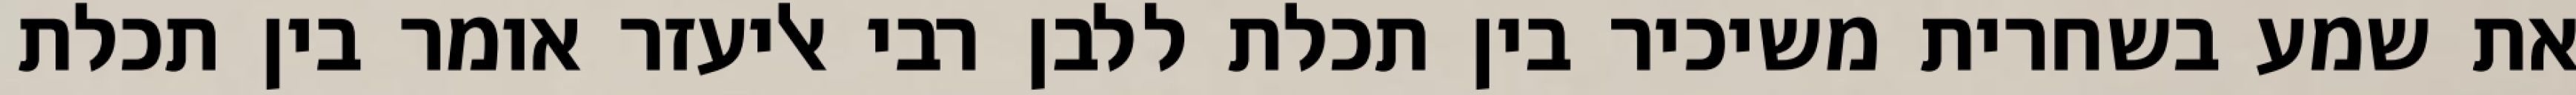
את שמע בשחרית משיכיר בין תכלת ללבן רבי אליעזר אומר בין תכלת